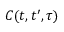
C ( t , t ^ { \prime } , \tau )